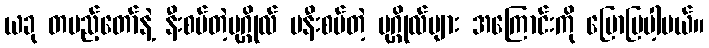
ယခု တပည့်တော်နဲ့ နီးစပ်တဲ့ပုဂ္ဂိုလ် မနီးစပ်တဲ့ ပုဂ္ဂိုလ်များ အကြောင်းကို ပြောပြပါ့မယ်။